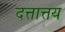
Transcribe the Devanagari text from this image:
दत्तात्तय